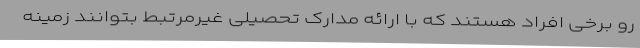
رو برخی افراد هستند که با ارائه مدارک تحصیلی غیرمرتبط بتوانند زمینه